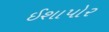
ઈશાપોર